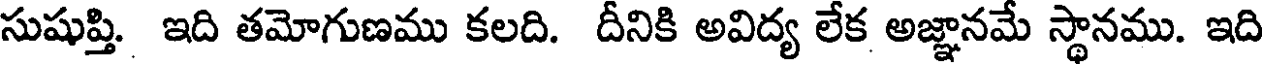
సుషుప్తి. ఇది తమోగుణము కలది. దీనికి అవిద్య లేక అజ్ఞానమే స్థానము. ఇది